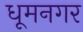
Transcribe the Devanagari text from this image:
धूमनगर